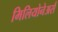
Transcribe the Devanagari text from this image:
मिलियोनेअर्स